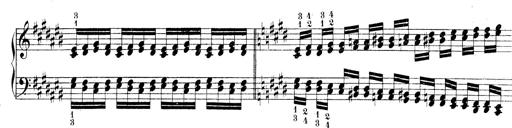
Title: Technische Studien
Composer: Franz Liszt